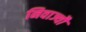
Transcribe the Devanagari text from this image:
निवाज्यौ